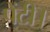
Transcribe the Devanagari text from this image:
पेंटी।